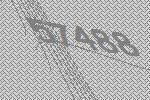
57488